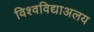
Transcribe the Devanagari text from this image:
विश्वविद्याअलय